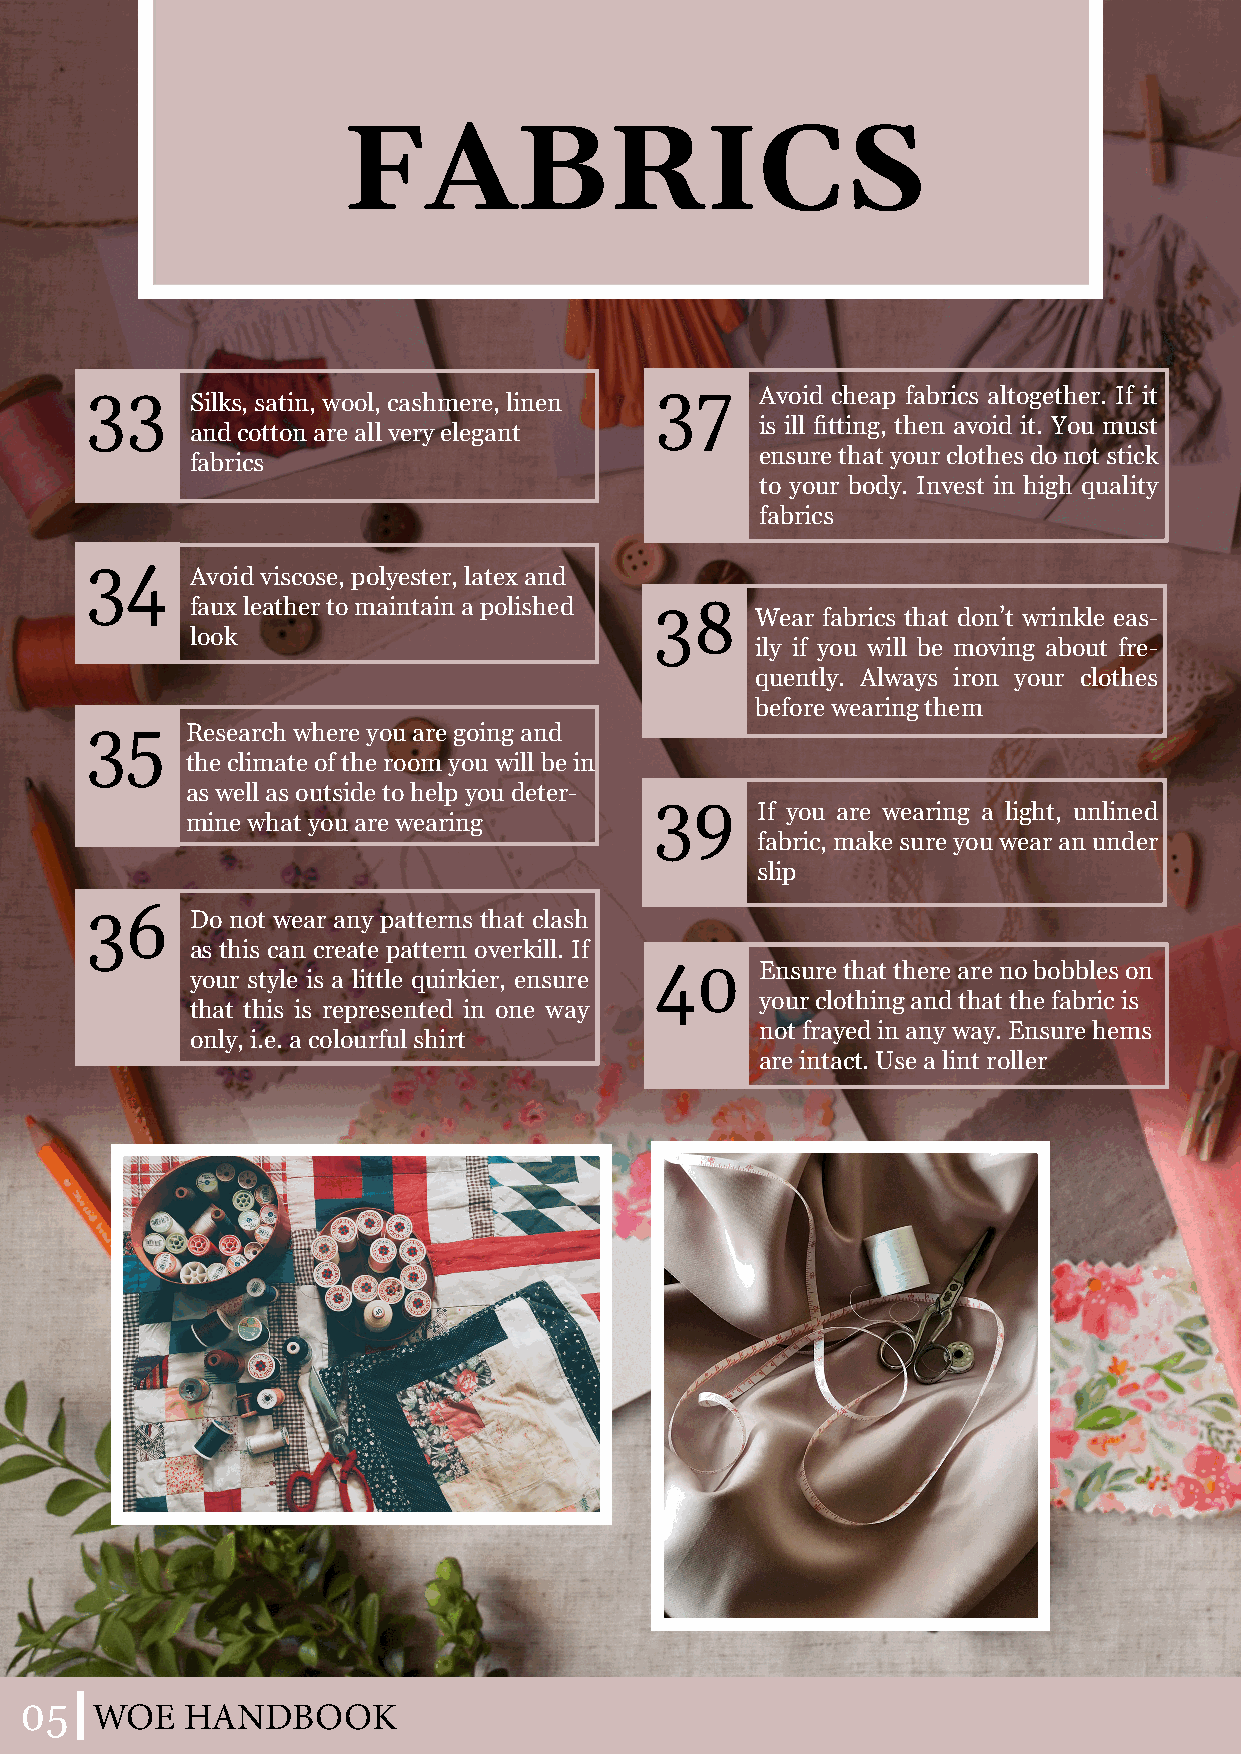
FABRICS
 33                                   37     Avoid cheap fabrics altogether. If it
 Silks, satin, wool, cashmere, linen
 is ill fitting, then avoid it. You must
 and cotton are all very elegant
 ensure that your clothes do not stick
 fabrics
 to your body. Invest in high quality
 fabrics
 34
 Avoid viscose, polyester, latex and
 faux leather to maintain a polished 38
 Wear fabrics that don’t wrinkle eas-
 look
 ily if you will be moving about fre-
 quently. Always iron your clothes
 before wearing them
 35    Research where you are going and
 the climate of the room you will be in
 as well as outside to help you deter-
 39
 If you are wearing a light, unlined
 mine what you are wearing
 fabric, make sure you wear an under
 slip
 36
 Do not wear any patterns that clash
 as this can create pattern overkill. If
 40     Ensure that there are no bobbles on
 your style is a little quirkier, ensure
 your clothing and that the fabric is
 that this is represented in one way
 not frayed in any way. Ensure hems
 only, i.e. a colourful shirt
 are intact. Use a lint roller
 05
 WOE   HANDBOOK